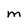
Character: M